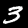
Digit: 3